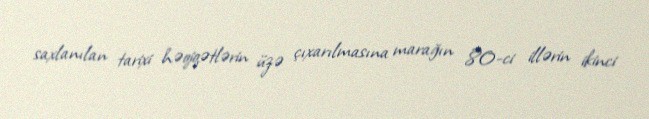
saxlanılan tarixi həqiqətlərin üzə çıxarılmasına marağın 80-ci illərin ikinci